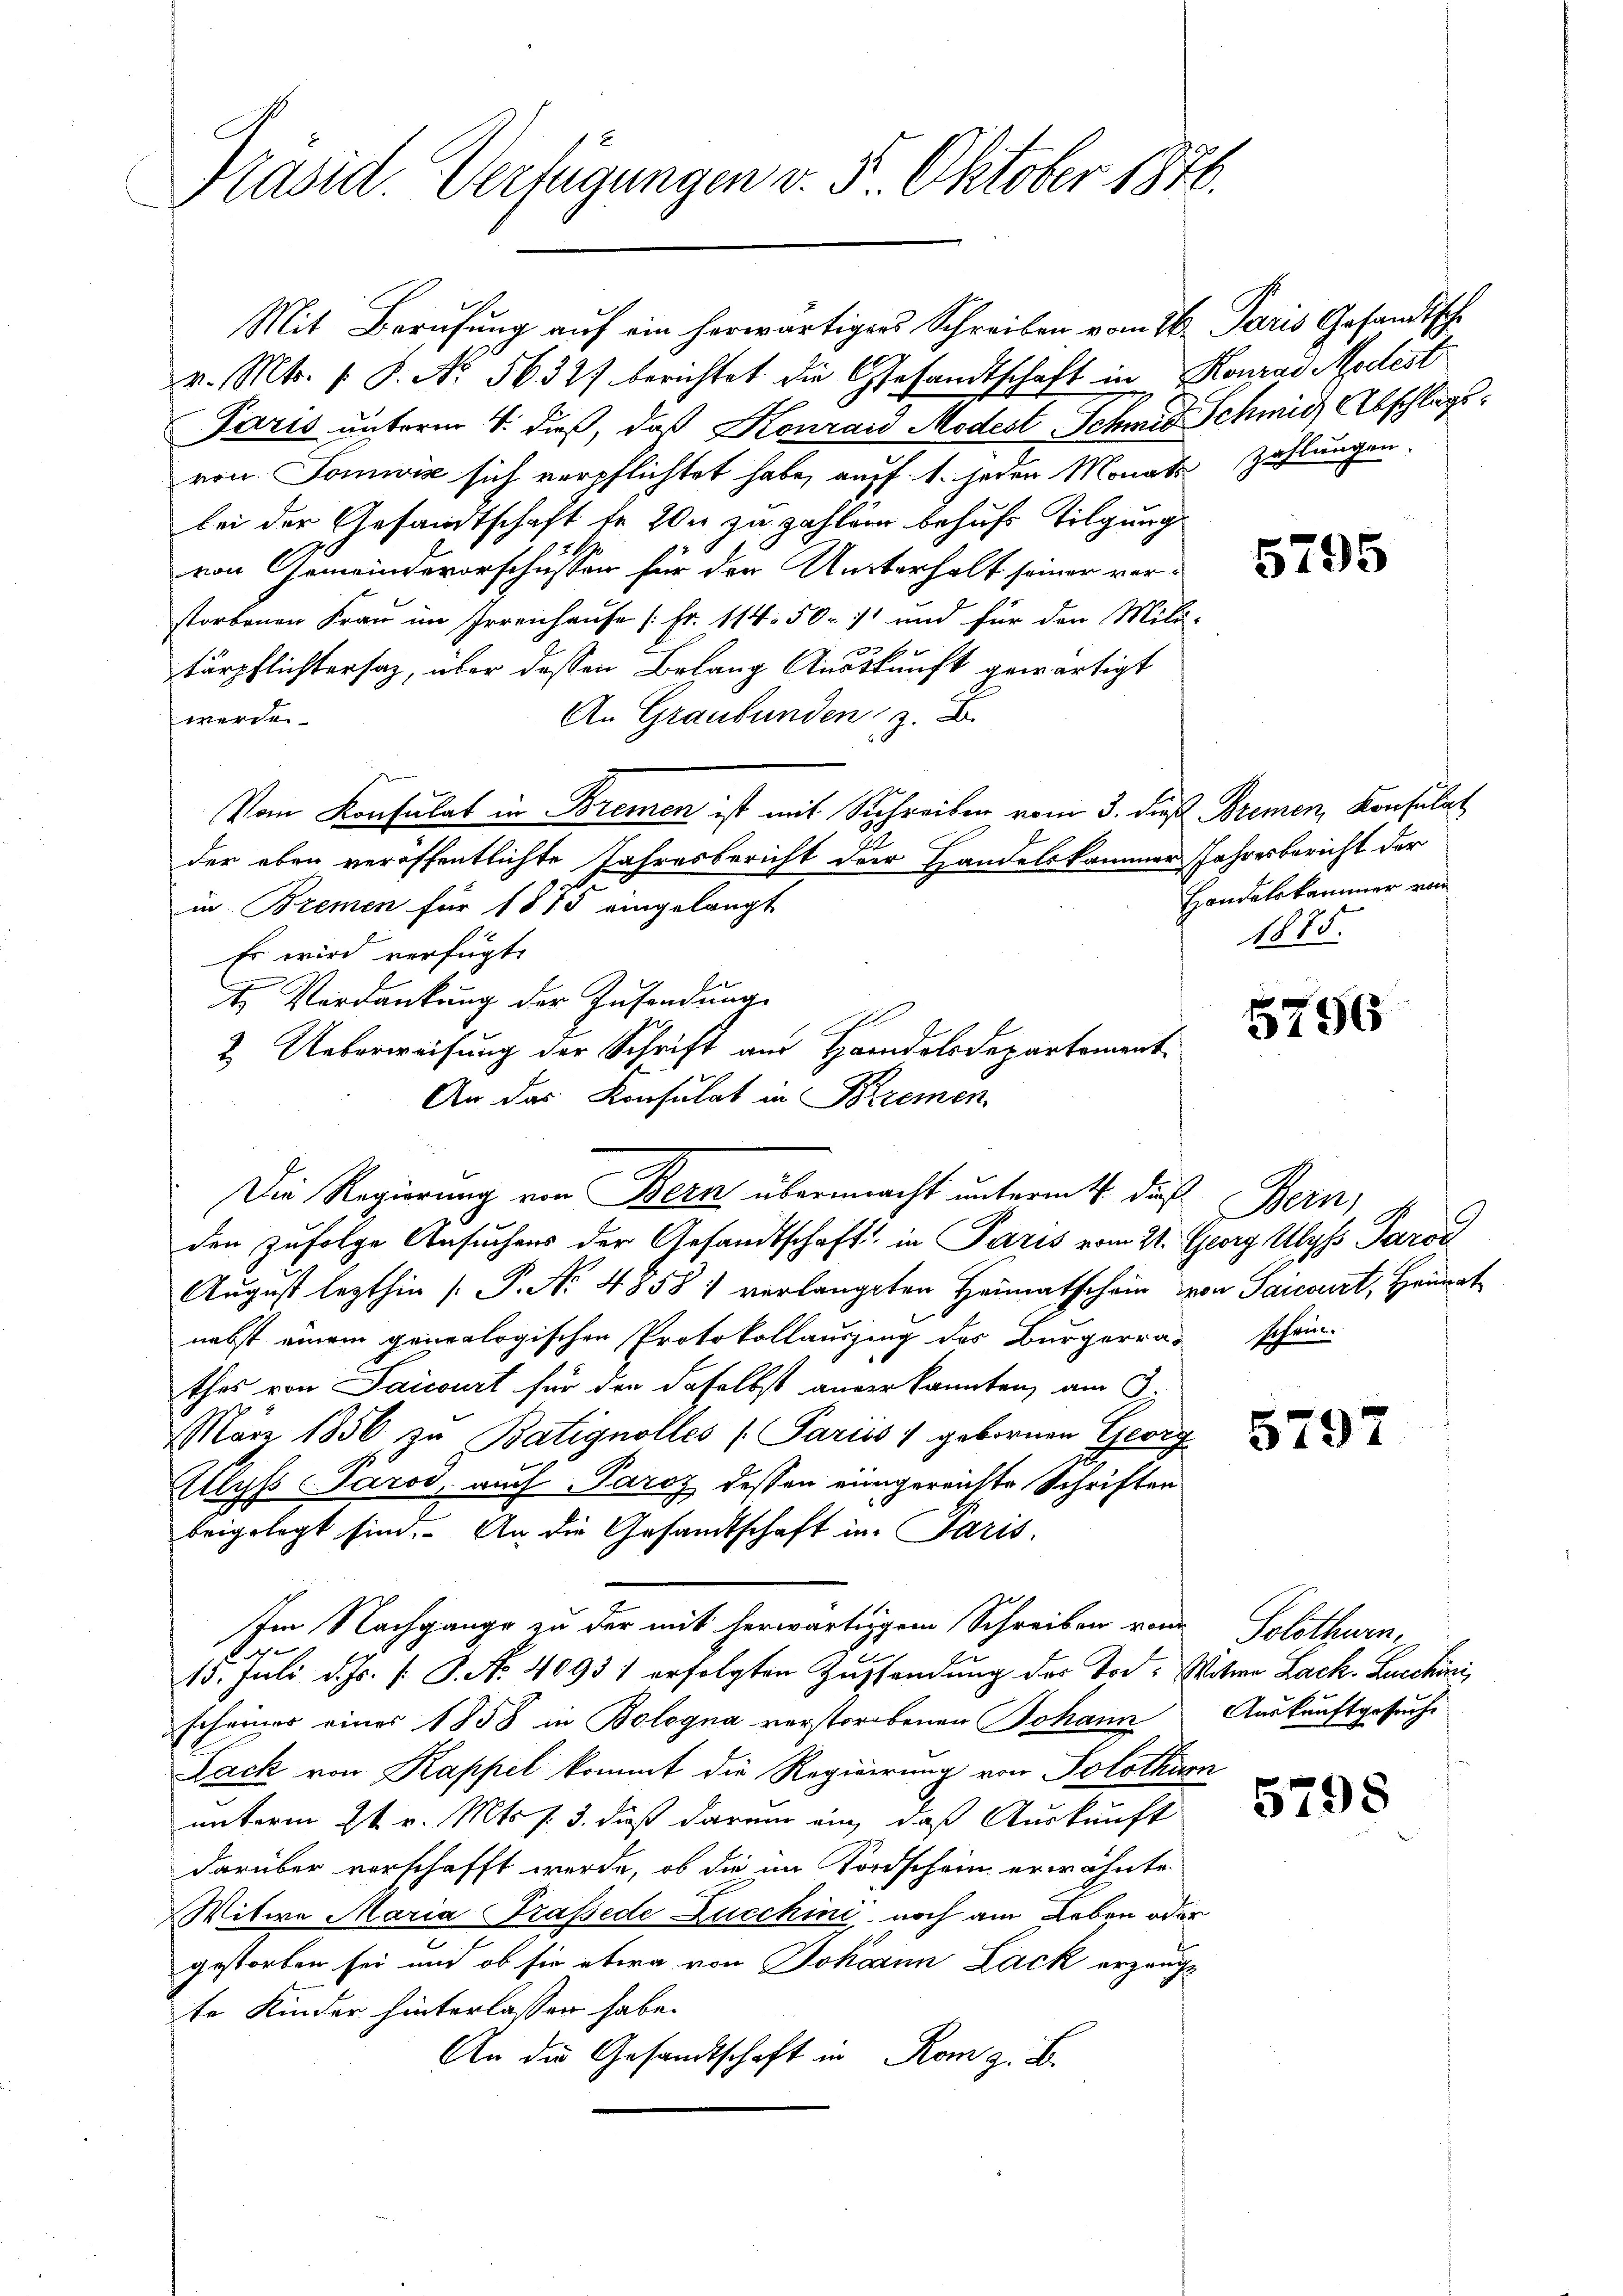
Präsid. Verfügungen v. 5. Oktober 1846.

Mit Berufung auf ein herwärtigers Schreiben vom 16. Paris Gesandtsche
v. Mts. s. S. N. 56377 berichtet die Gesandtschaft in Konrad Modest
Paris unterm 4. daß, daß Konrad Modest Schmid Schmid Abschlagsvon Somwis sich verpflichtet habe, auff 1. jeden Monats Zahlungen.
bei der Gesandtschaft de 200 zu zahlung behufs Tilgung
von Gemeindevorschüssen für den Unterhalt seiner verstorbenen Frau im Irrenhause [Fr. 114. 50. 11 und für den Mili-

tärpflichtersaz, über dessen Belang Auskunft gewärtigt
An Graubünden z. B.
werde
Vom Konsulat in Bremen ist mit Schreiben vom 3. dieß Bremen, Konsulat
der eben veröffentlichte Jahresbericht der Handelskammer Jahresbericht der
9.
in Bremen für 1815 eingelangt
Es wird verfügt:
t. Verdankung der Zusendung
2. Ueberweisung der Schrift aus Handelsdepartement
An das Konsulat in Bremen
Die Regierung von Bern übermacht unterm 4. dieß Bern,
den zufolge Ansuchens der Gesandtschaft in Paris vom 21. Georg Ulyss Parod
August lezthin (P. Nr. 4858) verlangten Heimatschein von Saicourt, Heimat
nebst einem genealogischen Protokollauszing des Bürgerrat schein-
thes von Saicourt für den daselbst anverkannten, am 3.
März 1856 zu Batignolles Pariis 1 gebornen Geig
Allyss Parod, auch Paroz dessen einigereichte Schriften
beigelegt sind. An die Gesandtschaft in Paris.
Im Nachgange zu der mit herwärtigem Schreiben von Solothurn¬
15. Juli d. Js. s. S. No. 40931 erfolgten Zugsendung der Tod. Witwe Lack. Lucchini,
scheiner eines 1858 in Bologna verstorbenen Johann Auskunftgesuche
Lack von Kappel kommt die Regierung von Solothurn
unterm 2t v. Mts. f. 3. daß darum ein, daß Auskunft
darüber vorschafft werde, ob die im Tordschein erwähnte
Witwe Maria Trassede Zucchini noch am Leben oder
gestorben sei und ob sie etwa von Johann Lack erzeugte Kinder hinterlassen habe.
An die Gesandtschaft in Rom z. B.

5795

Hondatskammer von
1875.

5796

579

5798